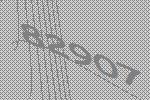
82907